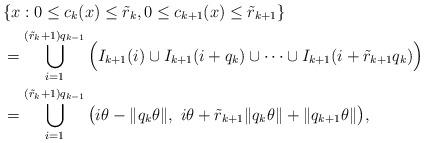
LaTeX: \begin{align*}&\{ x : 0 \le c_{k}(x) \le \tilde r_{k}, 0 \le c_{k+1}(x) \le \tilde r_{k+1} \}\\&= \bigcup_{i=1}^{(\tilde r_k +1) q_{k-1}} \Big( I_{k+1}(i) \cup I_{k+1}(i + q_k) \cup \dots \cup I_{k+1}(i + \tilde r_{k+1}q_k) \Big) \\&= \bigcup_{i=1}^{(\tilde r_k +1)q_{k-1}} \big( i\theta - \| q_k \theta\|,\ i\theta + \tilde r_{k+1} \|q_k \theta\| + \|q_{k+1}\theta\| \big),\end{align*}